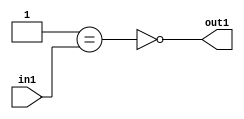
`timescale 1ps / 1ps
/*****************************************************************************
    Verilog RTL Description
    
    
    Created by: Stratus DpOpt 2019.1.01 
*******************************************************************************/

module st_weight_addr_gen_Nei1u16_4_3 (
	in1,
	out1
	); /* architecture "behavioural" */ 
input [15:0] in1;
output  out1;
wire  asc001,
	asc002;

assign asc002 = (21'B000000000000000000001==in1);

assign asc001 = 
	((~asc002));

assign out1 = asc001;
endmodule

/* CADENCE  ubP0SgE= : u9/ySgnWtBlWxVPRXgAZ4Og= ** DO NOT EDIT THIS LINE ******/